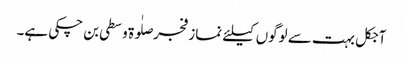
آجکل بہت سے لوگوں کیلئے نماز فجر صلٰوۃ وسطی بن چکی ہے۔